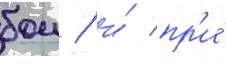
бои / и́ пр'и́